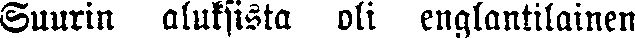
Suurin aluksista oli englantilainen